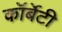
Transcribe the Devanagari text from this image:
कॉर्बेटी